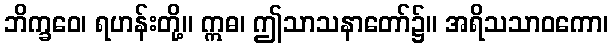
ဘိက္ခဝေ၊ ရဟန်းတို့။ ဣဓ၊ ဤသာသနာတော်၌။ အရိသသာဝကော၊